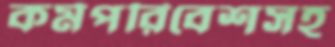
কর্মপরিবেশসহ